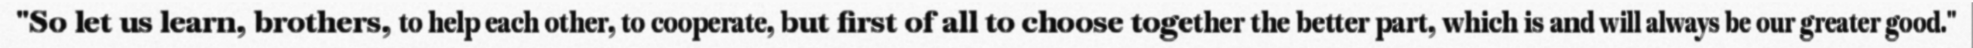
"So let us learn, brothers, to help each other, to cooperate, but first of all to choose together the better part, which is and will always be our greater good."